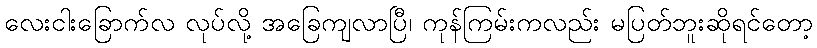
လေးငါးခြောက်လ လုပ်လို့ အခြေကျလာပြီ၊ ကုန်ကြမ်းကလည်း မပြတ်ဘူးဆိုရင်တော့